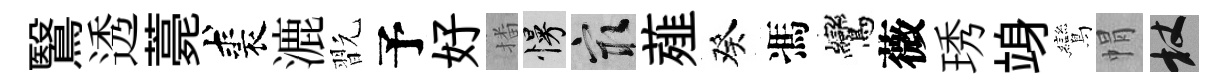
鷖透薧裘漉翫予好播慢冣薤癸馮鸞薇琇竧鸞㡌杖